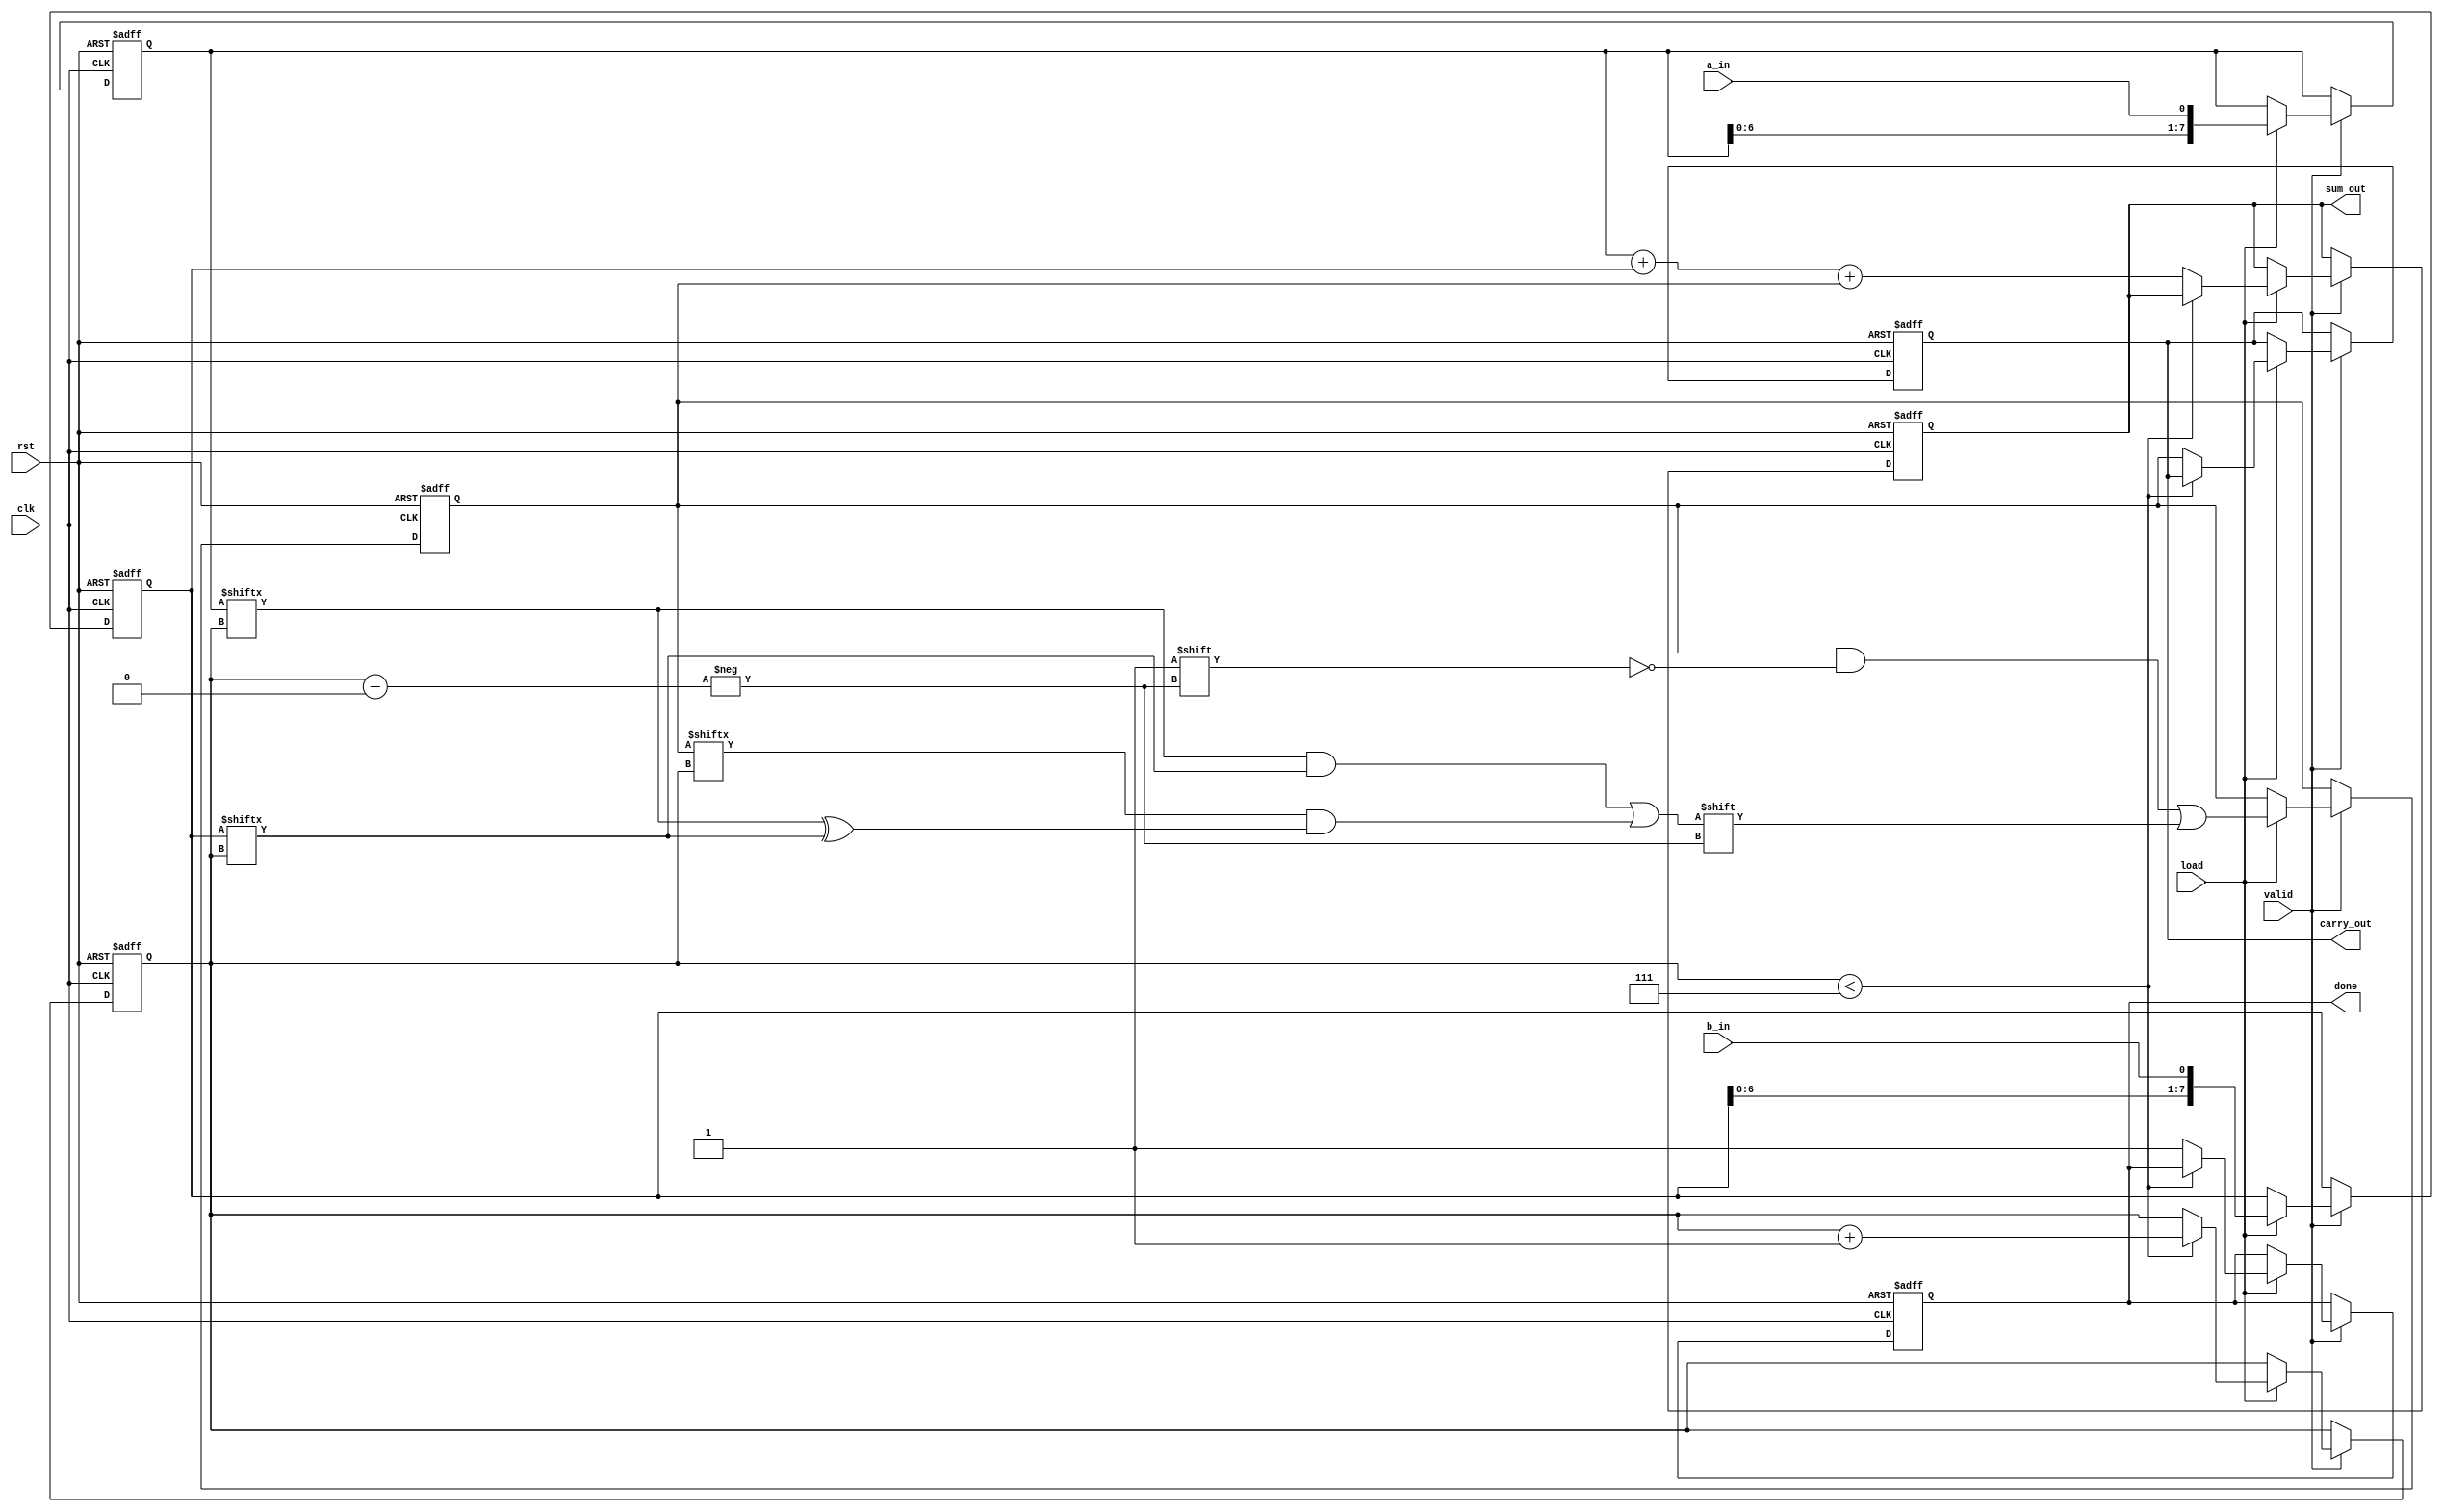
module carry_save_adder_serial (
    input wire clk,                // Clock signal
    input wire rst,                // Reset signal
    input wire a_in,              // Serial input bit for A
    input wire b_in,              // Serial input bit for B
    input wire valid,             // Input valid signal to indicate when inputs are valid
    input wire load,              // Load signal to indicate when to load inputs
    output reg [7:0] sum_out,     // Sum output
    output reg [7:0] carry_out,   // Carry output
    output reg done               // Done signal to indicate completion
);

    // Internal registers for storing bits
    reg [7:0] A = 0;              // Shift register for A
    reg [7:0] B = 0;              // Shift register for B
    reg [7:0] carry = 0;          // Carry register
    reg [2:0] bit_count = 0;      // Bit counter

    // Full adder logic
    wire sum;
    wire carry_out_temp;

    assign sum = A[bit_count] ^ B[bit_count] ^ carry[bit_count];
    assign carry_out_temp = (A[bit_count] & B[bit_count]) | 
                            (carry[bit_count] & (A[bit_count] ^ B[bit_count]));

    // Sequential logic for input reception and addition
    always @(posedge clk or posedge rst) begin
        if (rst) begin
            A <= 0;
            B <= 0;
            carry <= 0;
            sum_out <= 0;
            carry_out <= 0;
            bit_count <= 0;
            done <= 0;
        end else if (valid) begin
            if (load) begin
                // Shift in the new bits for A and B
                A <= {A[6:0], a_in};
                B <= {B[6:0], b_in};

                // Update carry register
                carry[bit_count] <= carry_out_temp;

                // Increment bit count
                if (bit_count < 7) begin
                    bit_count <= bit_count + 1;
                end else begin
                    // Finalize the sum and carry outputs
                    sum_out <= A + B + carry; // Final sum calculation
                    carry_out <= carry;       // Final carry output
                    done <= 1;                // Indicate completion
                end
            end
        end
    end

endmodule